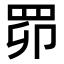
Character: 𦊑